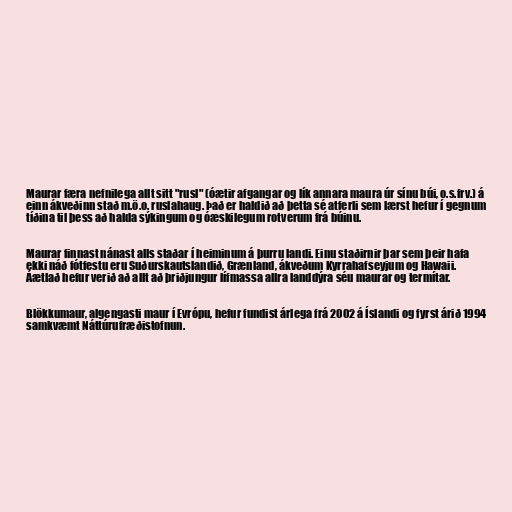
Maurar færa nefnilega allt sitt "rusl" (óætir afgangar og lík annara maura úr sínu búi, o.s.frv.) á
einn ákveðinn stað m.ö.o. ruslahaug. Það er haldið að þetta sé atferli sem lærst hefur í gegnum
tíðina til þess að halda sýkingum og óæskilegum rotverum frá búinu.

Maurar finnast nánast alls staðar í heiminum á þurru landi. Einu staðirnir þar sem þeir hafa
ekki náð fótfestu eru Suðurskautslandið, Grænland, ákveðum Kyrrahafseyjum og Hawaii.
Áætlað hefur verið að allt að þriðjungur lífmassa allra landdýra séu maurar og termítar.

Blökkumaur, algengasti maur í Evrópu, hefur fundist árlega frá 2002 á Íslandi og fyrst árið 1994
samkvæmt Náttúrufræðistofnun.